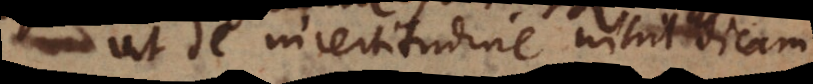
ut de incertitudine nihil dicam;